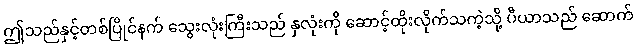
ဤသည်နှင့်တစ်ပြိုင်နက် သွေးလုံးကြီးသည် နှလုံးကို ဆောင့်ထိုးလိုက်သကဲ့သို့ ပီယာသည် ဆောက်